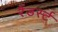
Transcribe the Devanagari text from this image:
रैंडर्स्ट